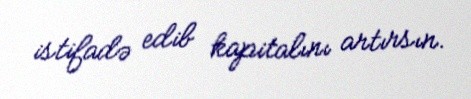
istifadə edib kapitalını artırsın.